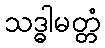
သဒ္ဓါမတ္တံ